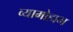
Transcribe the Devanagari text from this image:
व्यामोहाभ